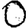
Digit: 0